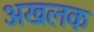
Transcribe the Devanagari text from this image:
अखलक